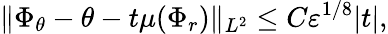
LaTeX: \| \Phi_{\theta}-\theta-t\mu(\Phi_{r})\| _{L^{2}}\leq C\varepsilon^{1/8}|t|,